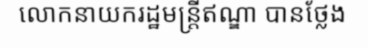
លោកនាយករដ្ឋមន្ត្រីឥណ្ឌា បានថ្លែង